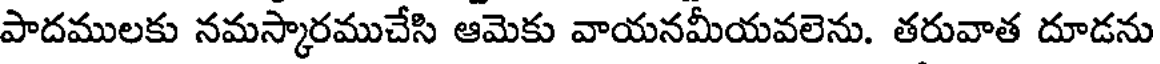
పాదములకు నమస్కారముచేసి ఆమెకు వాయనమీయవలెను. తరువాత దూడను